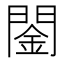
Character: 䦦